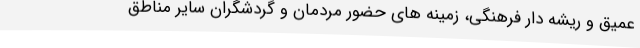
عمیق و ریشه دار فرهنگی، زمینه های حضور مردمان و گردشگران سایر مناطق